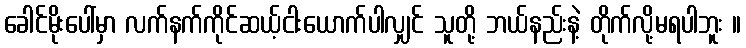
ခေါင်မိုးပေါ်မှာ လက်နက်ကိုင်ဆယ့်ငါးယောက်ပါလျှင် သူတို့ ဘယ်နည်းနဲ့ တိုက်လို့မရပါဘူး ။